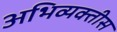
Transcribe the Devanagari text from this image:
अभिव्यक्तीस